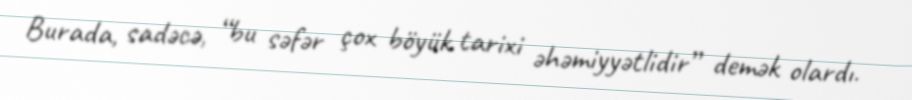
Burada, sadəcə, “bu səfər çox böyük tarixi əhəmiyyətlidir” demək olardı.